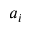
a _ { i }